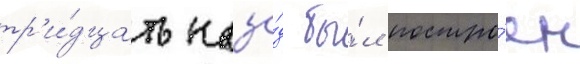
тр'и́дцать наза́д бы́л постро́ен